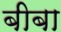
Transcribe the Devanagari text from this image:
बीबा